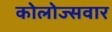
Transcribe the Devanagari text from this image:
कोलोज्सवार